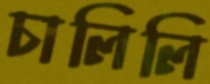
চালিলি